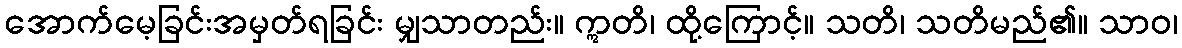
အောက်မေ့ခြင်းအမှတ်ရခြင်း မျှသာတည်း။ ဣတိ၊ ထို့ကြောင့်။ သတိ၊ သတိမည်၏။ သာဝ၊